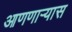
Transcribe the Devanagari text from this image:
आणणार्‍यास